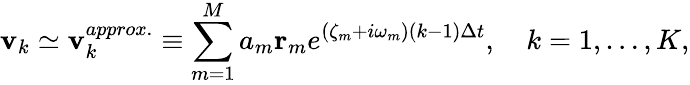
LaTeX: \mathbf{v}_{k}\simeq\mathbf{v}_{k}^{approx.}\equiv\sum_{m=1}^{M}a_{m}{\mathbf r}_{m}e^{(\zeta_{m}+i\omega_{m})(k-1)\Delta t},\quad k=1,\ldots,K,